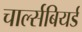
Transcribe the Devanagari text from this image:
चार्ल्सबियर्ड